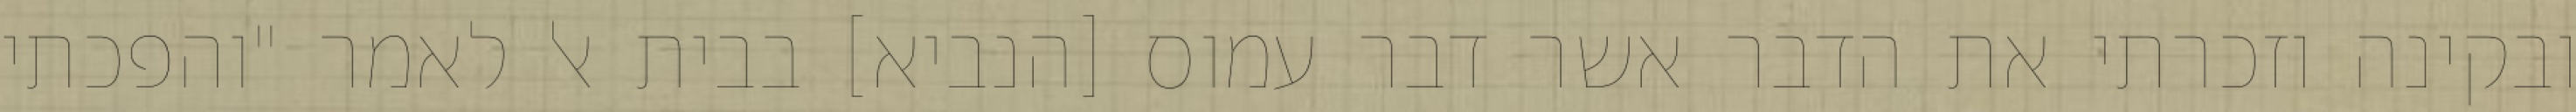
ובקינה וזכרתי את הדבר אשר דבר עמוס [הנביא] בבית אל לאמר "והפכתי